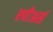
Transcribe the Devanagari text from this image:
स्पीअर्स